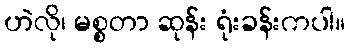
ဟဲလို၊ မစ္စတာ ဆုန်း ရုံးခန်းကပါ။